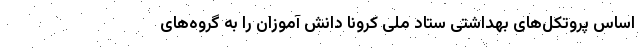
اساس پروتکل‌های بهداشتی ستاد ملی کرونا دانش آموزان را به گروه‌های